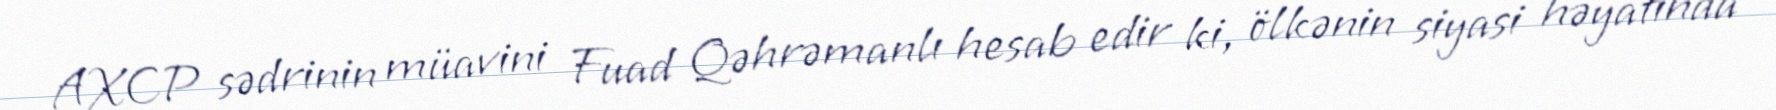
AXCP sədrinin müavini Fuad Qəhrəmanlı hesab edir ki, ölkənin siyasi həyatında